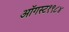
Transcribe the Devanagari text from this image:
ऑगस्ट१९८४